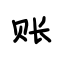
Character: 账